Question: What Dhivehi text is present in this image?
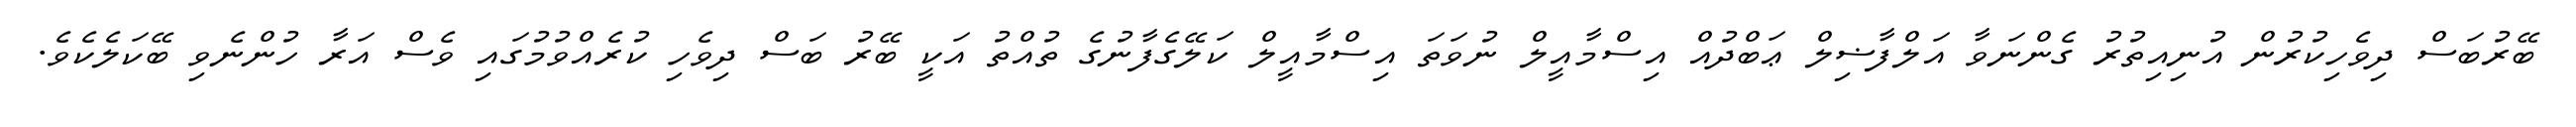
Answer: ބޭރުބަސް ދިވެހިކުރުން އުނިއިތުރު ގެންނަވާ އަލްފާޟިލް ޢަބްދުއް އިސްމާއީލް ނުވަތަ އިސްމާއީލް ކަލޭގެފާނުގެ ތުއްތު އަކީ ބޭރު ބަސް ދިވެހި ކުރެއްވުމުގައި ވެސް އަރާ ހުންނެވި ބޭކަލެކެވެ.